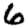
Digit: 6